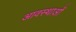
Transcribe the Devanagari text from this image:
आवस्थाओं